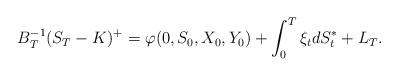
LaTeX: \begin{align*}B_T^{-1}(S_{T}-K)^+ = \varphi(0,S_{0},X_{0},Y_{0}) + \int^{T}_{0}{\xi_t}dS^*_t + L_T.\end{align*}